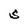
Character: S